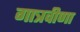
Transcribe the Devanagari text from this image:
गात्रवीणा